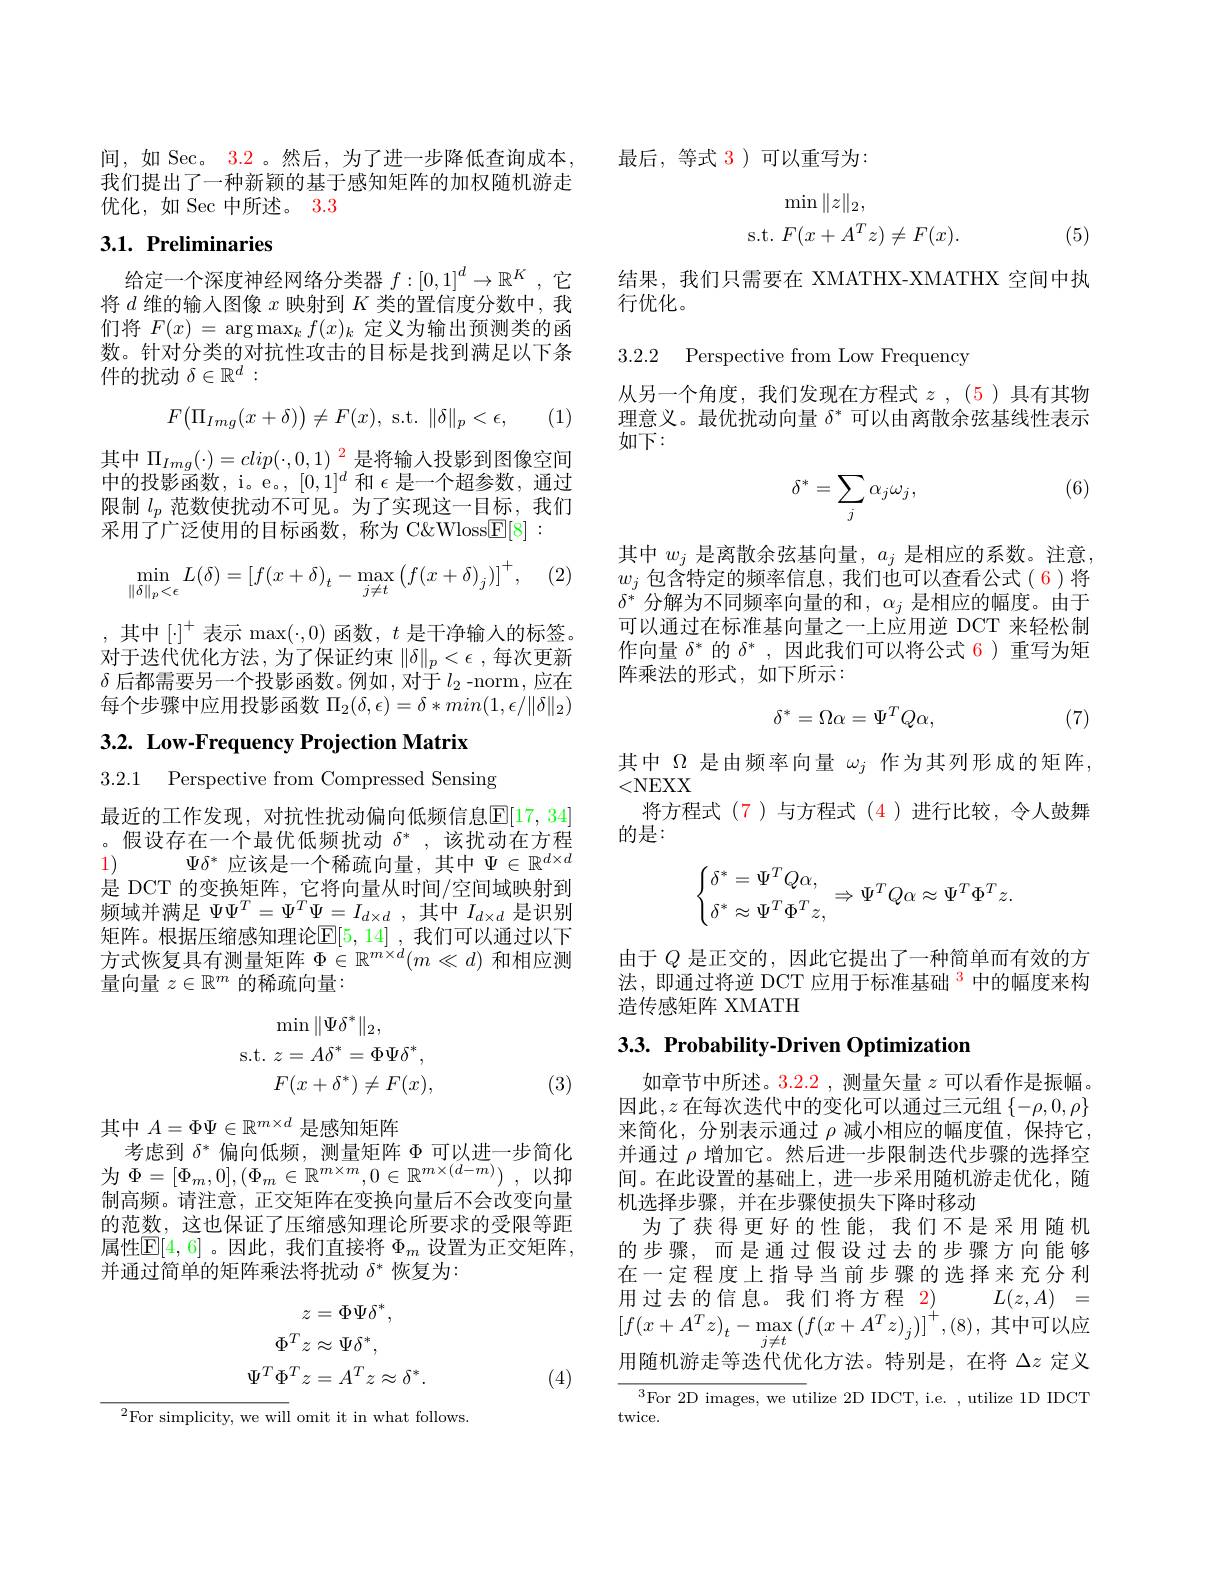
间，如 Sec。3.2 。然后，为了进一步降低查询成本， 我们提出了一种新颖的基于感知矩阵的加权随机游走优化，如 Sec 中所述。3.3

# 3.1. Preliminaries

给定一个深度神经网络分类器$f:[0,1]^d\to\mathbb{R}^K$ ,它将$d$维的输入图像$x$映射到$K$类的置信度分数中，我们将$F(x)=\arg\max_kf(x)_k$定义为输出预测类的函数。针对分类的对抗性攻击的目标是找到满足以下条件的扰动$\delta\in\mathbb{R}^d:$

(1)
$$F\big(\Pi_{Img}(x+\delta)\big)\neq F(x),\:\mathrm{s.t.}\:\|\delta\|_p<\epsilon,$$
其中$\Pi_{Img}(\cdot)=clip(\cdot,0,1)^{2}$是将输入投影到图像空间中的投影函数，i。e。, $[0,1]^d$和$\epsilon$是一个超参数，通过限制$l_p$范数使扰动不可见。为了实现这一目标，我们采用了广泛使用的目标函数，称为 C&Wloss$\underline{\mathbb{F}}[8]:$

(2)
$$\min\limits_{\|\delta\|_p<\epsilon}L(\delta)=\left[f(x+\delta)_t-\max\limits_{j\neq t}\left(f(x+\delta)_j\right)\right]^+,$$
,其中$[\cdot]^+$表示$\max(\cdot,0)$ 函数$,t$ 是干净输入的标签。对于迭代优化方法，为了保证约束$\|\delta\|_p<\epsilon$,每次更新$\delta$后都需要另一个投影函数。例如 ,对于$l_2$ -norm,应在每个步骤中应用投影函数$\Pi_2(\delta,\epsilon)=\delta*min(1,\epsilon/\|\delta\|_2)$

## 3.2. Low-Frequency Projection Matrix

3.2.1 Perspective from Compressed Sensing

最近的工作发现，对抗性扰动偏向低频信息$\overline{\mathbb{E}}[17,34]$ 。假设存在一个最优低频扰动$\delta^*$,该扰动在方程
$\Psi\delta^*$ 应该是一个稀疏向量，其中$\Psi\in\mathbb{R}^d\times d$
1)
是 DCT 的变换矩阵，它将向量从时间/空间域映射到频域并满足$\Psi\Psi^T=\Psi^T\Psi=I_{d\times d}$,其中$I_d\times d$是识别矩阵。根据压缩感知理论[5,14] ,我们可以通过以下方式恢复具有测量矩阵$\Phi\in\mathbb{R}^m\times d(m\ll d)$和相应测量向量$z\in\mathbb{R}^m$的稀疏向量：
$$\begin{array}{c}\operatorname*{min}\|\Psi\delta^*\|_2,\\\mathrm{s.t.}\:z=A\delta^*=\Phi\Psi\delta^*,\\F(x+\delta^*)\neq F(x),\end{array}$$
(3)

其中$A=\Phi\Psi\in\mathbb{R}^{m\times d}$是感知矩阵
考虑到$\delta^*$偏向低频，测量矩阵$\Phi$可以进一步简化为$\Phi = [ \Phi _{m}, 0] , ( \Phi _{m}\in \mathbb{R} ^{m\times m}, 0\in \mathbb{R} ^{m\times ( d- m) })$ ,以抑制高频。请注意，正交矩阵在变换向量后不会改变向量的范数，这也保证了压缩感知理论所要求的受限等距属性$\mathbb{E}[4,6]$ 。因此，我们直接将 $\Phi_m$ 设置为正交矩阵， 并通过简单的矩阵乘法将扰动$\delta^*$恢复为：
$$\begin{aligned}z&=\Phi\Psi\delta^{*},\\\Phi^{T}z&\approx\Psi\delta^{*},\\\Psi^{T}\Phi^{T}z&=A^{T}z\approx\delta^{*}.\end{aligned}$$
(4)

$^{2}$For simplicity, we will omit it in what follows.

最后，等式 3)可以重写为：
$$\begin{array}{c}\min\|z\|_2,\\\text{s.t.}F(x+A^Tz)\neq F(x).\end{array}$$
(5)

结果，我们只需要在 XMATHX-XMATHX 空间中执
行优化。

3.2.2 Perspective from Low Frequency

从另一个角度，我们发现在方程式$z$ , ( 5) 具有其物理意义。最优扰动向量$\delta^*$可以由离散余弦基线性表示如下：

(6)
$$\delta^*=\sum_j\alpha_j\omega_j,$$
其中$w_j$是离散余弦基向量，$a_j$是相应的系数。注意， $w_j$包含特定的频率信息，我们也可以查看公式(6)将$\delta^*$ 分解为不同频率向量的和$,\alpha_j$ 是相应的幅度。由于可以通过在标准基向量之一上应用逆 DCT 来轻松制作向量$\delta^*$的$\delta^*$,因此我们可以将公式 6)重写为矩阵乘法的形式，如下所示：
$$\delta^*=\Omega\alpha=\Psi^TQ\alpha,$$
(7)

其中$\Omega$是由频率向量$\omega_j$作为其列形成的矩阵，
<NEXX
将方程式$(\color{red}{7})$与方程式 (4)进行比较，令人鼓舞
的是：
$$\begin{cases}\delta^*=\Psi^TQ\alpha,\\\delta^*\approx\Psi^T\Phi^Tz,\end{cases}\Rightarrow\Psi^TQ\alpha\approx\Psi^T\Phi^Tz.$$
由于$Q$是正交的，因此它提出了一种简单而有效的方法，即通过将逆 DCT 应用于标准基础$^{\color{red}3}$中的幅度来构造传感矩阵 XMATH

## $3. 3. \textbf{ Probability- Driven Optimization}$

如章节中所述。3.2.2 , 测量矢量$z$可以看作是振幅。因此$,z$ 在每次迭代中的变化可以通过三元组 $\{-\rho,0,\rho\}$ 来简化，分别表示通过$\rho$减小相应的幅度值，保持它， 并通过$\rho$增加它。然后进一步限制迭代步骤的选择空间。在此设置的基础上，进一步采用随机游走优化，随机选择步骤，并在步骤使损失下降时移动
为了获得更好的性能，我们不是采用随机的步骤，而是通过假设过去的步骤方向能够在一定程度上指导当前步骤的选择来充分利用过去的信息。我们将方程2) $L( z, A)$ = $[f(x+A^Tz)_t-\operatorname*{max}_{j\neq t}\left(f(x+A^Tz)_j\right)]^+,(8)$,其中可以应用随机游走等迭代优化方法。特别是，在将$\Delta z$定义${^{3}\mathrm{For~2D~images,~we~utilize~2D~IDCT,~i.e.~,~utilize~1D~IDCT}}$ twice.